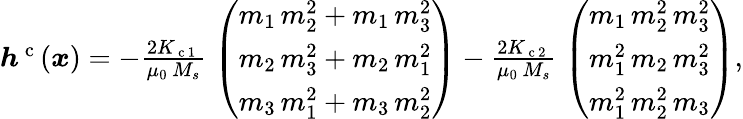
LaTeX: \begin{array}{r}{\boldsymbol{h}^{\mathrm{~c~}}(\boldsymbol{x})=-\frac{2K_{\mathrm{~c~1~}}}{\mu_{0}\, M_{s}}\; \left(\begin{array}{l}{m_{1}\, m_{2}^{2}+m_{1}\, m_{3}^{2}}\\ {m_{2}\, m_{3}^{2}+m_{2}\, m_{1}^{2}}\\ {m_{3}\, m_{1}^{2}+m_{3}\, m_{2}^{2}}\end{array}\right)-\frac{2K_{\mathrm{~c~2~}}}{\mu_{0}\, M_{s}}\; \left(\begin{array}{l}{m_{1}\, m_{2}^{2}\, m_{3}^{2}}\\ {m_{1}^{2}\, m_{2}\, m_{3}^{2}}\\ {m_{1}^{2}\, m_{2}^{2}\, m_{3}}\end{array}\right),}\end{array}